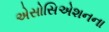
એસોસિએશનના